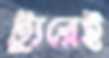
ট্যুরেই